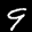
Label: 9